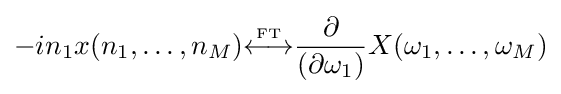
-in_{1}x(n_{1},\ldots ,n_{M}){\overset {\underset {\mathrm {FT} }{}}{\longleftrightarrow }}{\frac {\partial }{(\partial \omega _{1})}}X(\omega _{1},\ldots ,\omega _{M})